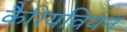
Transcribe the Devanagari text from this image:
कैरियवियन